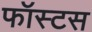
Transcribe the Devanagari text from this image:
फॉस्टस